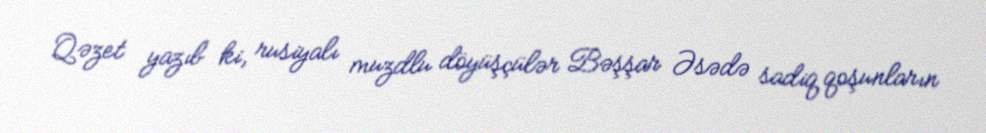
Qəzet yazıb ki, rusiyalı muzdlu döyüşçülər Bəşşar Əsədə sadiq qoşunların